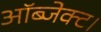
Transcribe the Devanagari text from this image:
ऑब्जेक्ट।